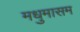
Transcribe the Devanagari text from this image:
मधुमासम